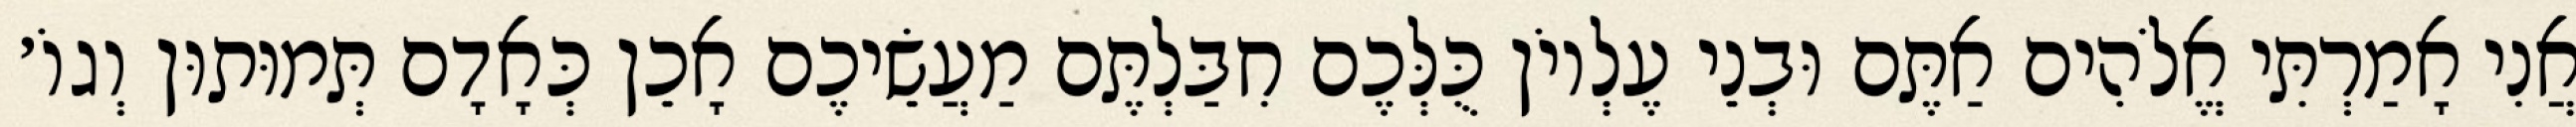
אֲנִי אָמַרְתִּי אֱלֹהִים אַתֶּם וּבְנֵי עֶלְיוֹן כֻּלְּכֶם חִבַּלְתֶּם מַעֲשֵׂיכֶם אָכֵן כְּאָדָם תְּמוּתוּן וְגוֹ׳